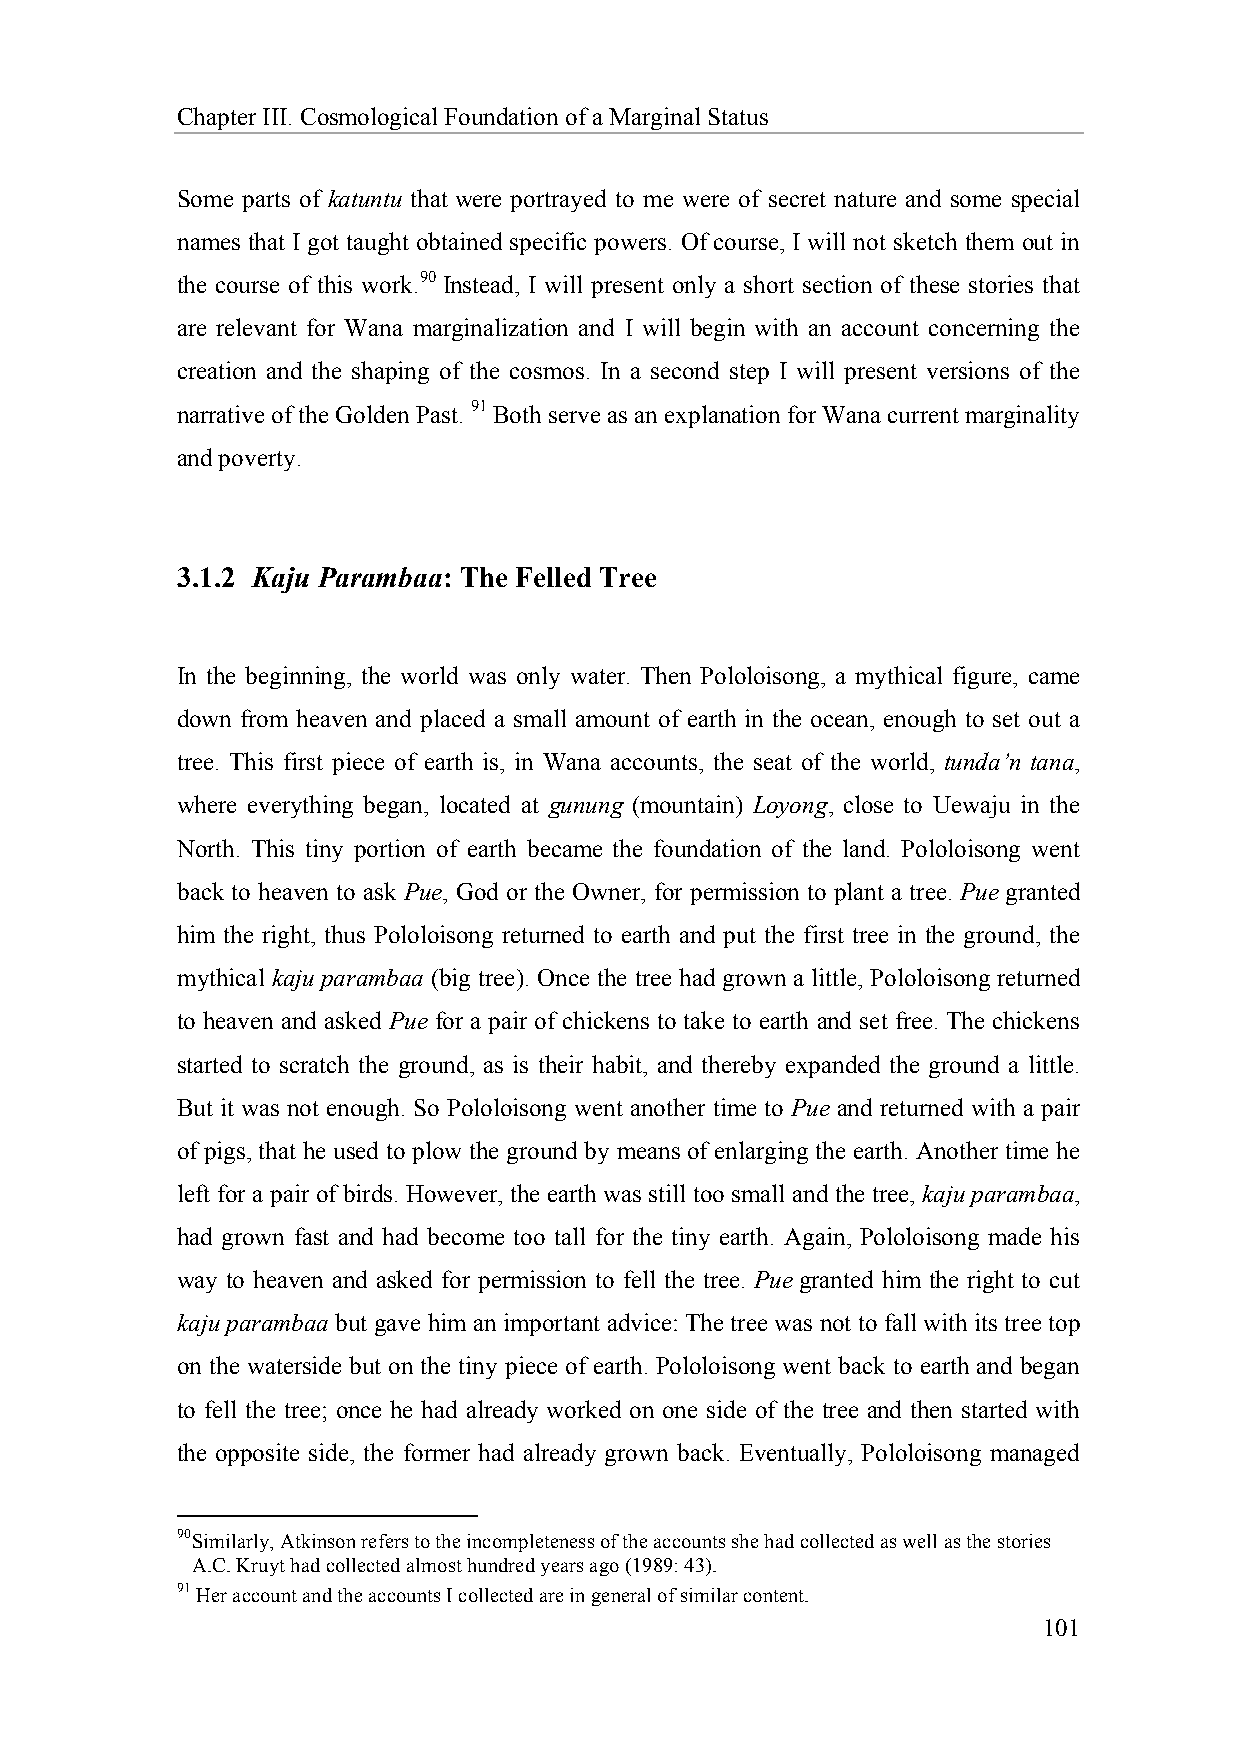
Chapter III. Cosmological Foundation of a Marginal Status
 Some parts of katuntu that were portrayed to me were of secret nature and some special
 names that I got taught obtained specific powers. Of course, I will not sketch them out in
 the course of this work.90 Instead, I will present only a short section of these stories that
 are relevant for Wana marginalization and I will begin with an account concerning the
 creation and the shaping of the cosmos. In a second step I will present versions of the
 narrative of the Golden Past. 91 Both serve as an explanation for Wana current marginality
 and poverty.
 3.1.2 Kaju Parambaa: The Felled Tree
 In the beginning, the world was only water. Then Pololoisong, a mythical figure, came
 down from heaven and placed a small amount of earth in the ocean, enough to set out a
 tree. This first piece of earth is, in Wana accounts, the seat of the world, tunda’n tana,
 where everything began, located at gunung (mountain) Loyong, close to Uewaju in the
 North. This tiny portion of earth became the foundation of the land. Pololoisong went
 back to heaven to ask Pue, God or the Owner, for permission to plant a tree. Pue granted
 him the right, thus Pololoisong returned to earth and put the first tree in the ground, the
 mythical kaju parambaa (big tree). Once the tree had grown a little, Pololoisong returned
 to heaven and asked Pue for a pair of chickens to take to earth and set free. The chickens
 started to scratch the ground, as is their habit, and thereby expanded the ground a little.
 But it was not enough. So Pololoisong went another time to Pue and returned with a pair
 of pigs, that he used to plow the ground by means of enlarging the earth. Another time he
 left for a pair of birds. However, the earth was still too small and the tree, kaju parambaa,
 had grown fast and had become too tall for the tiny earth. Again, Pololoisong made his
 way to heaven and asked for permission to fell the tree. Pue granted him the right to cut
 kaju parambaa but gave him an important advice: The tree was not to fall with its tree top
 on the waterside but on the tiny piece of earth. Pololoisong went back to earth and began
 to fell the tree; once he had already worked on one side of the tree and then started with
 the opposite side, the former had already grown back. Eventually, Pololoisong managed
 90 Similarly, Atkinson refers to the incompleteness of the accounts she had collected as well as the stories
 A.C. Kruyt had collected almost hundred years ago (1989: 43).
 91 Her account and the accounts I collected are in general of similar content.
 101